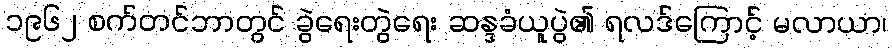
၁၉၆၂ စက်တင်ဘာတွင် ခွဲရေးတွဲရေး ဆန္ဒခံယူပွဲ၏ ရလဒ်ကြောင့် မလာယာ၊